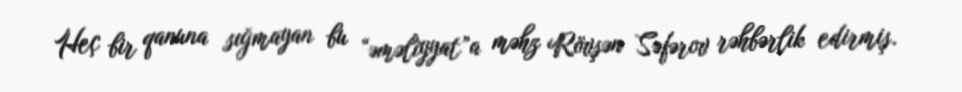
Heç bir qanuna sığmayan bu “əməliyyat”a məhz Rövşən Səfərov rəhbərlik edirmiş.